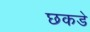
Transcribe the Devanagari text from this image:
छकडे